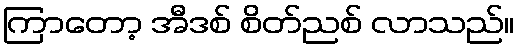
ကြာတော့ အီဒစ် စိတ်ညစ် လာသည်။